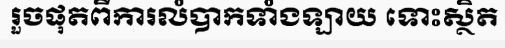
រួចផុតពីការលំបាកទាំងឡាយ ទោះស្ថិត